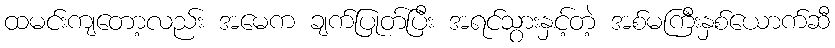
ထမင်းကျတော့လည်း အမေက ချက်ပြုတ်ပြီး အရင်သွားနှင့်တဲ့ အစ်မကြီးနှစ်ယောက်ဆီ